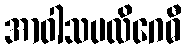
အာဝါသပလိဂေဓီ